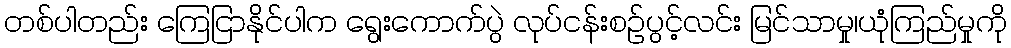
တစ်ပါတည်း ကြေငြာနိုင်ပါက ရွေးကောက်ပွဲ လုပ်ငန်းစဉ်ပွင့်လင်း မြင်သာမှု၊ယုံကြည်မှုကို